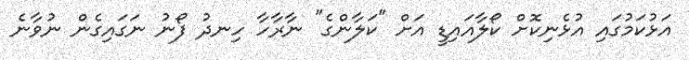
އަޅުކަމުގައި އުޅެނިކޮށް ކޯލާއައިޑީ އަށް "ކަލާންގެ" ނާރާހާ ހިނދު ފޯނު ނަގައިގެން ނުވާނެ